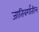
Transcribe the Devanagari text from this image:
जातिवर्गातील